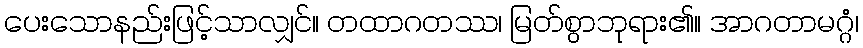
ပေးသောနည်းဖြင့်သာလျှင်။ တထာဂတဿ၊ မြတ်စွာဘုရား၏။ အာဂတာမဂ္ဂံ၊